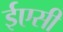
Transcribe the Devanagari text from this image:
ईएसी